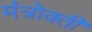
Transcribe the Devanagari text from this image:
मंत्रोक्ती